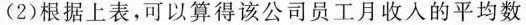
(2)根据上表，可以算得该公司员工月收入的平均数